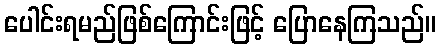
ပေါင်းရမည်ဖြစ်ကြောင်းဖြင့် ပြောနေကြသည်။